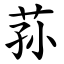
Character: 荪